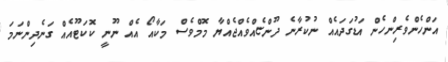
އަންހެންވެރިންހެން އަޑުގަދައެއް ނުކުރާނެ ދޫންޏެއްވެއްޖެއްޔާ މޮމްވެސް މަކާއޯ އެއް ނޫނީ ކޮކަޓޫއެއް ގަނެދިންނަމަ